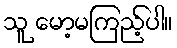
သူ မော့မကြည့်ပါ။